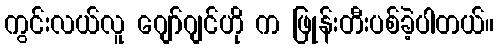
ကွင်းလယ်လူ ဂျော်ဂျင်ဟို က ဖြုန်းတီးပစ်ခဲ့ပါတယ်။